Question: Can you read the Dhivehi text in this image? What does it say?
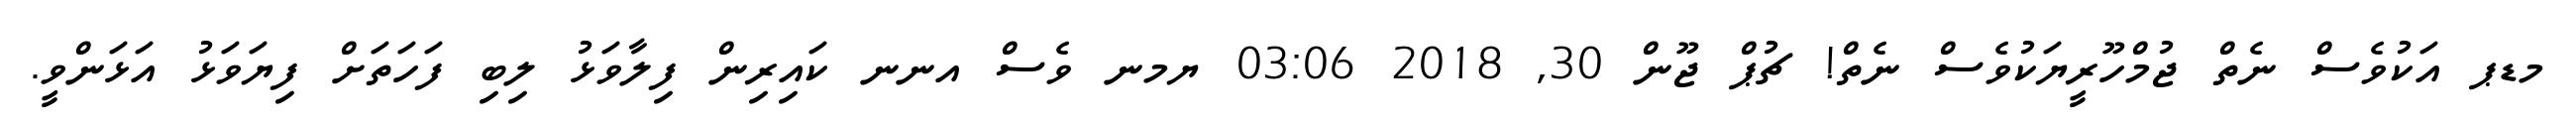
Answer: މޑޕ އަކުވެސް ނެތް ޖުމްހޫރީޔަކުވެސް ނެތް! ޗުޕް ޖޫން 30, 2018 03:06 ޔމނ ވެސް އނނ ކައިރިން ފިލާވަޅު ލިބި ފަހަތަށް ފިޔަވަޅު އަޅަންވީ.